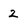
Character: 2